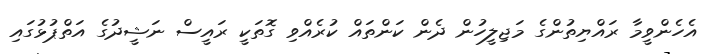
އެހެންވީމާ ރައްޔިތުންގެ މަޖިލީހުން ދެން ކަންތައް ކުރެއްވި ގޮތަކީ ރައީސް ނަޝީދުގެ އަތްޕުޅުގައި